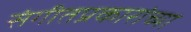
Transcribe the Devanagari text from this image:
संगीतप्रकारांच्या